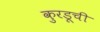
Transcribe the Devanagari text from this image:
कुरडूची